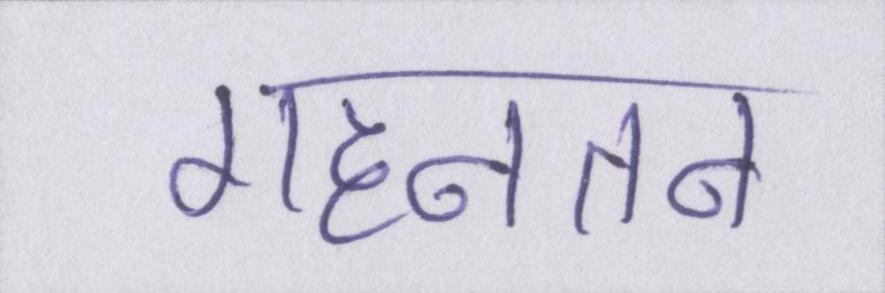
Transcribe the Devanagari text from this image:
गहनतम